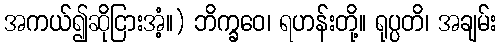
အကယ်၍ဆိုငြားအံ့။) ဘိက္ခဝေ၊ ရဟန်းတို့။ ရုပ္ပတိ၊ အချမ်း